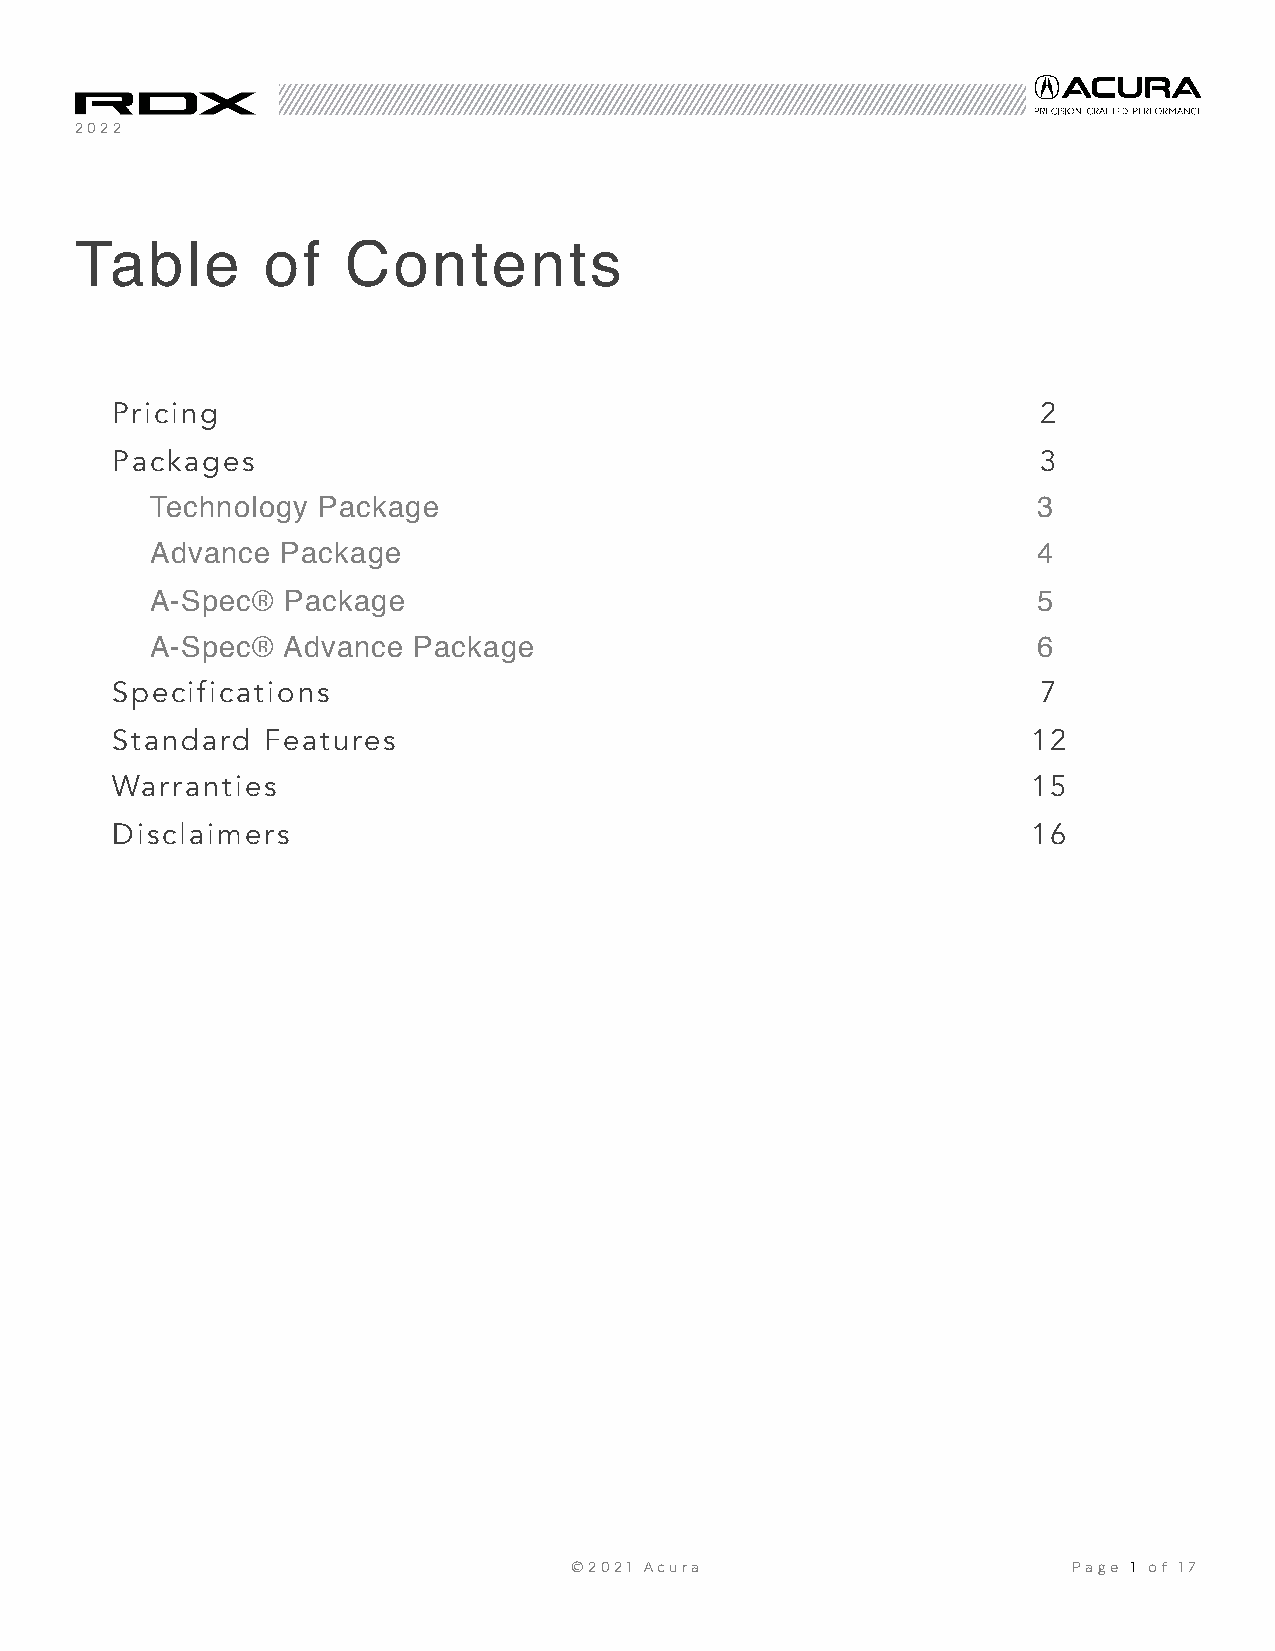
2022
 Table       of    Contents
 Pricing                                                       2
 Packages                                                      3
 Technology Package                                         3
 Advance  Package                                           4
 A-Spec®  Package                                           5
 A-Spec®  Advance Package                                   6
 Specifications                                                7
 Standard  Features                                           12
 Warranties                                                   15
 Disclaimers                                                  16
 ©2021 Acura                      Page 1 of 17